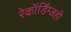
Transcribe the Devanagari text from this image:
रेकॉर्डिंग्जही